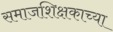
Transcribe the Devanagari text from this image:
समाजशिक्षकाच्या